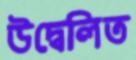
উদ্বেলিত